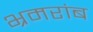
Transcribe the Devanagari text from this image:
भ्रमरांब